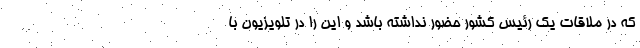
که در ملاقات یک رئیس کشور حضور نداشته باشد و این را در تلویزیون با